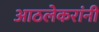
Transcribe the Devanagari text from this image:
आठलेकरांनी